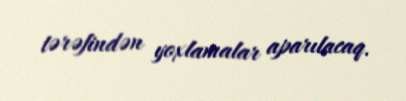
tərəfindən yoxlamalar aparılacaq.